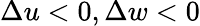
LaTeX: \Delta u<0,\Delta w<0